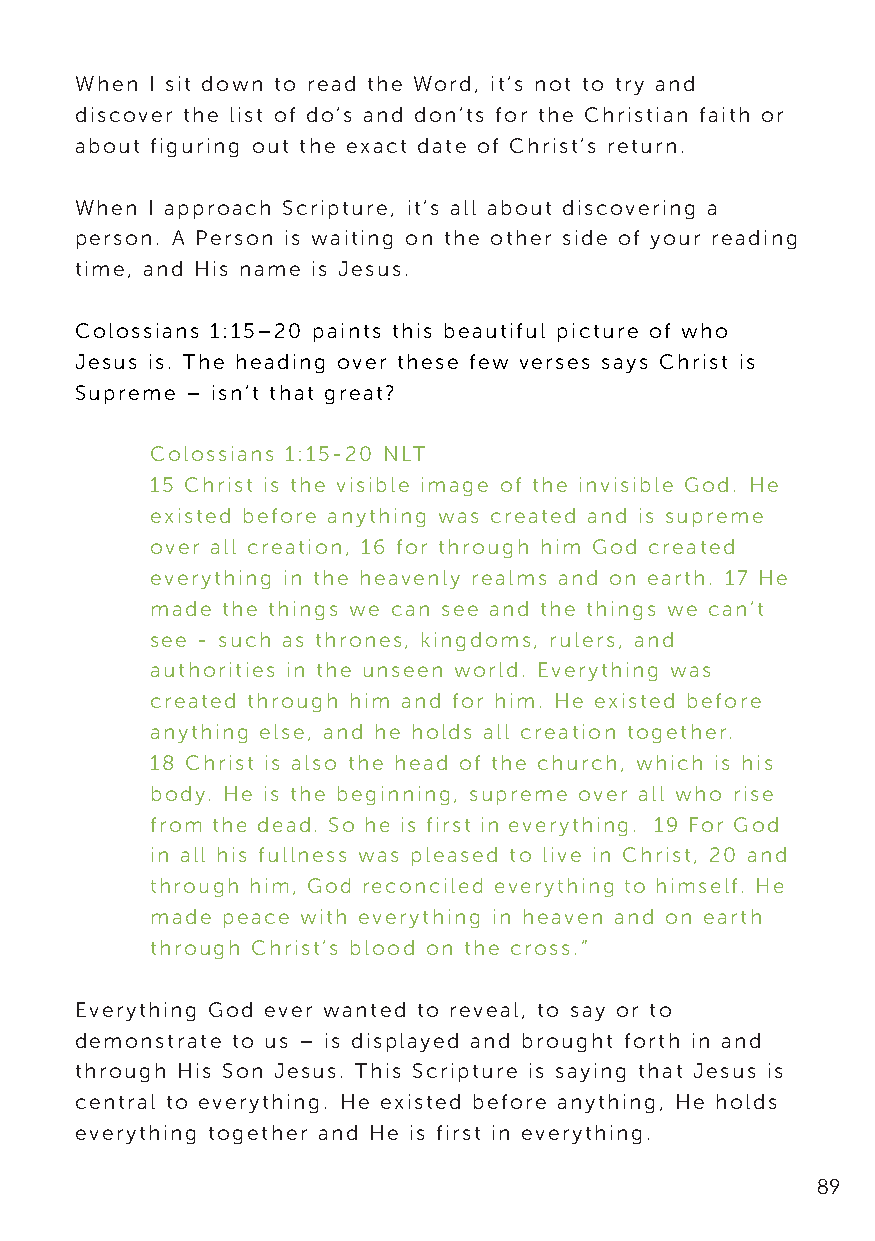
When I sit down to read the Word, it’s not to try and
 discover the list of do’s and don’ts for the Christian faith or
 about figuring out the exact date of Christ’s return.
 When I approach Scripture, it’s all about discovering a
 person. A Person is waiting on the other side of your reading
 time, and His name is Jesus.
 Colossians 1:15–20 paints this beautiful picture of who
 Jesus is. The heading over these few verses says Christ is
 Supreme – isn’t that great?
 Colossians 1:15-20 NLT
 15 Christ is the visible image of the invisible God. He
 existed before anything was created and is supreme
 over all creation, 16 for through him God created
 everything in the heavenly realms and on earth. 17 He
 made the things we can see and the things we can’t
 see - such as thrones, kingdoms, rulers, and
 authorities in the unseen world. Everything was
 created through him and for him. He existed before
 anything else, and he holds all creation together.
 18 Christ is also the head of the church, which is his
 body. He is the beginning, supreme over all who rise
 from the dead. So he is first in everything. 19 For God
 in all his fullness was pleased to live in Christ, 20 and
 through him, God reconciled everything to himself. He
 made peace with everything in heaven and on earth
 through Christ’s blood on the cross.”
 Everything God ever wanted to reveal, to say or to
 demonstrate to us – is displayed and brought forth in and
 through His Son Jesus. This Scripture is saying that Jesus is
 central to everything. He existed before anything, He holds
 everything together and He is first in everything.
 89